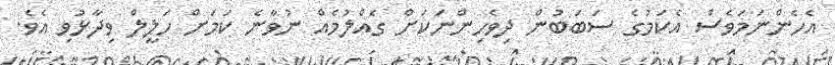
އެހެންނަމަވެސް އެކަމުގެ ސަބަބުން ދިވެހިންނަކަށް ގެއްލުމެއް ނުވާނެ ކަމަށް ހަލީލް ވިދާޅުވި އެވެ.